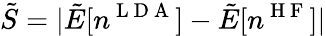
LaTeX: \tilde{S}=\lvert\tilde{E}[n^{\mathrm{~L~D~A~}}]-\tilde{E}[n^{\mathrm{~H~F~}}]\rvert